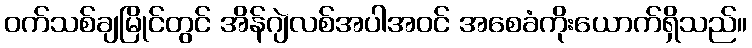
ဝက်သစ်ချမြိုင်တွင် အိန်ဂျဲလစ်အပါအဝင် အစေခံကိုးယောက်ရှိသည်။